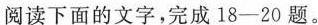
阅读下面的文字，完成18-20题。